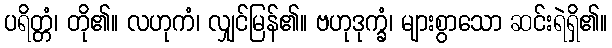
ပရိတ္တံ၊ တို၏။ လဟုကံ၊ လျှင်မြန်၏။ ဗဟုဒုက္ခံ၊ များစွာသော ဆင်းရဲရှိ၏။